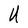
Character: U